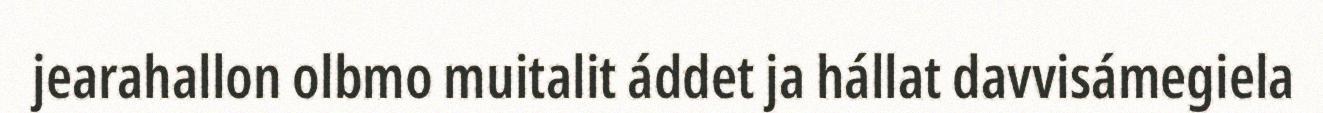
jearahallon olbmo muitalit áddet ja hállat davvisámegiela